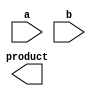
module Radix4Multiplier (
    input [15:0] a,
    input [15:0] b,
    output reg [31:0] product
);

reg [15:0] pp1, pp2, pp3, pp4;
reg [31:0] result;

always @ (posedge clk) begin
    pp1 <= a * b[0];
    pp2 <= a * b[1];
    pp3 <= a * b[2];
    pp4 <= a * b[3];

    result <= pp1 + (pp2 << 4) + (pp3 << 8) + (pp4 << 12);
end

endmodule